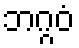
ဘဂ္ဂဝံ